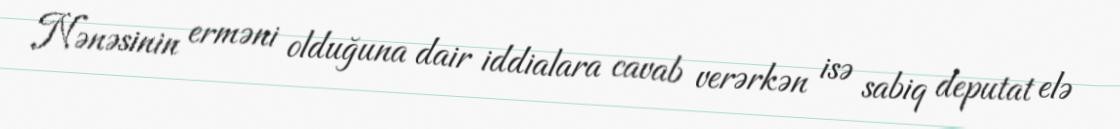
Nənəsinin erməni olduğuna dair iddialara cavab verərkən isə sabiq deputat elə